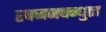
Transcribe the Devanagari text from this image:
स्वजनबन्धुता